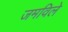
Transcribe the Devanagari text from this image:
जमविले